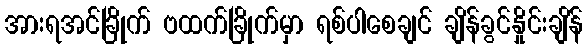
အားရအင်ခြိုက် ဗထက်ခြိုက်မှာ ရစ်ပါစေချင် ချိန်ခွင်နှိုင်းချိန်